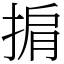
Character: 掮